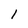
Character: l